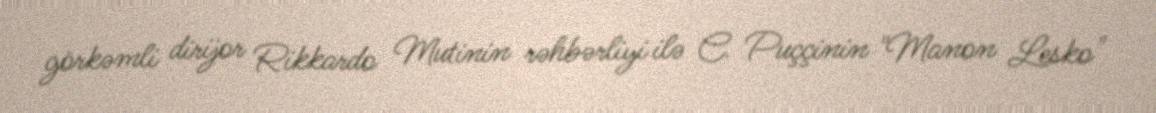
görkəmli dirijor Rikkardo Mutinin rəhbərliyi ilə C. Puççinin "Manon Lesko"